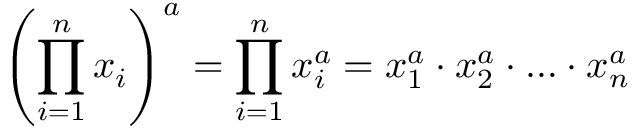
\left( \prod _ { i = 1 } ^ { n } x _ { i } \right) ^ { a } = \prod _ { i = 1 } ^ { n } x _ { i } ^ { a } = x _ { 1 } ^ { a } \cdot x _ { 2 } ^ { a } \cdot \ldots \cdot x _ { n } ^ { a }